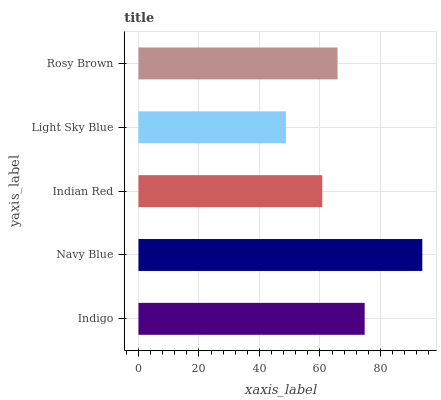
| yaxis_label | bars |
 | --- | --- |
 | Indigo | 74.8 |
 | Navy Blue | 93.9 |
 | Indian Red | 60.8 |
 | Light Sky Blue | 48.8 |
 | Rosy Brown | 65.8 |